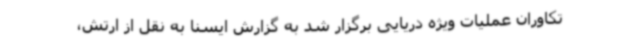
تکاوران عملیات ویژه دریایی برگزار شد به گزارش ایسنا به نقل از ارتش،